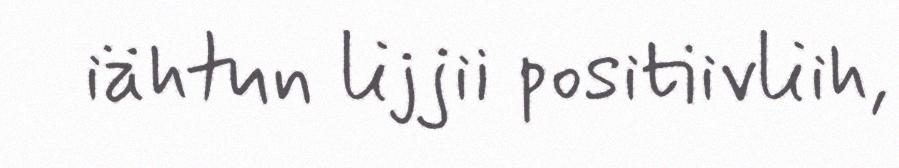
iähtun lijjii positiivliih,